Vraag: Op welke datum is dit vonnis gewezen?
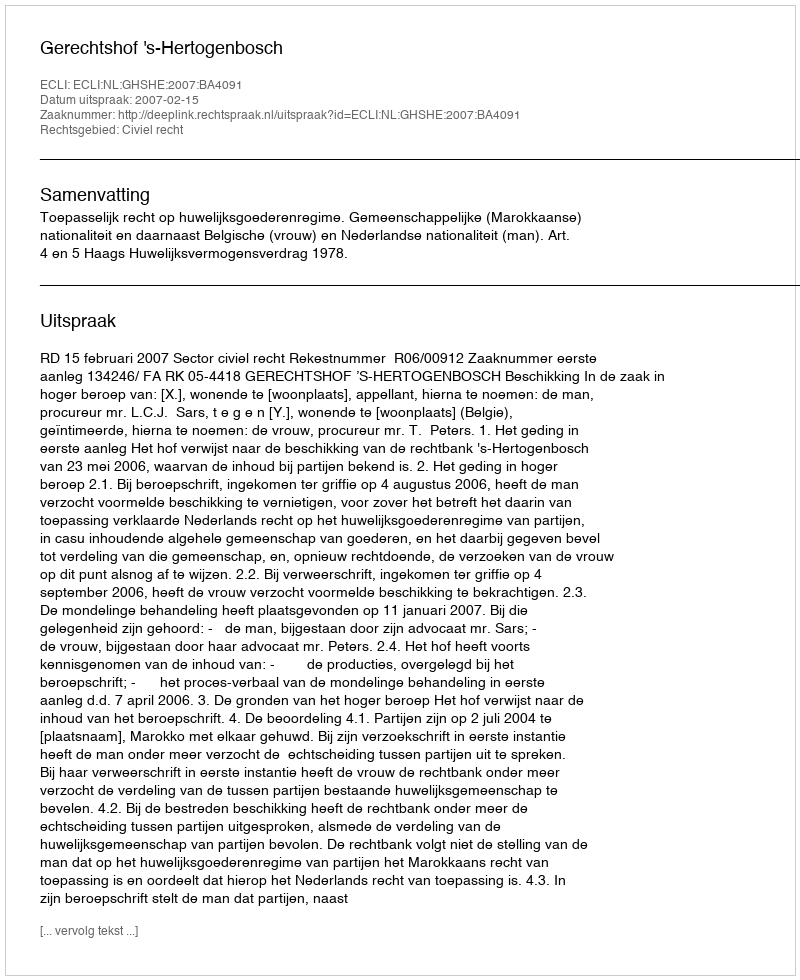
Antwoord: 2007-02-15